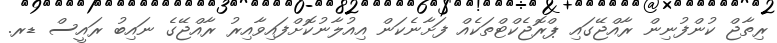
ރިތާޖް ކުންފުނިން ރާއްޖޭގައި ޕްރޮޖެކްޓްތަކެއް ފަށާނެކަން އިއުލާނުކޮށްފައިވާއިރު ރާއްޖޭގެ ނައިބު ރައީސް ޑރ.